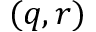
( q , r )